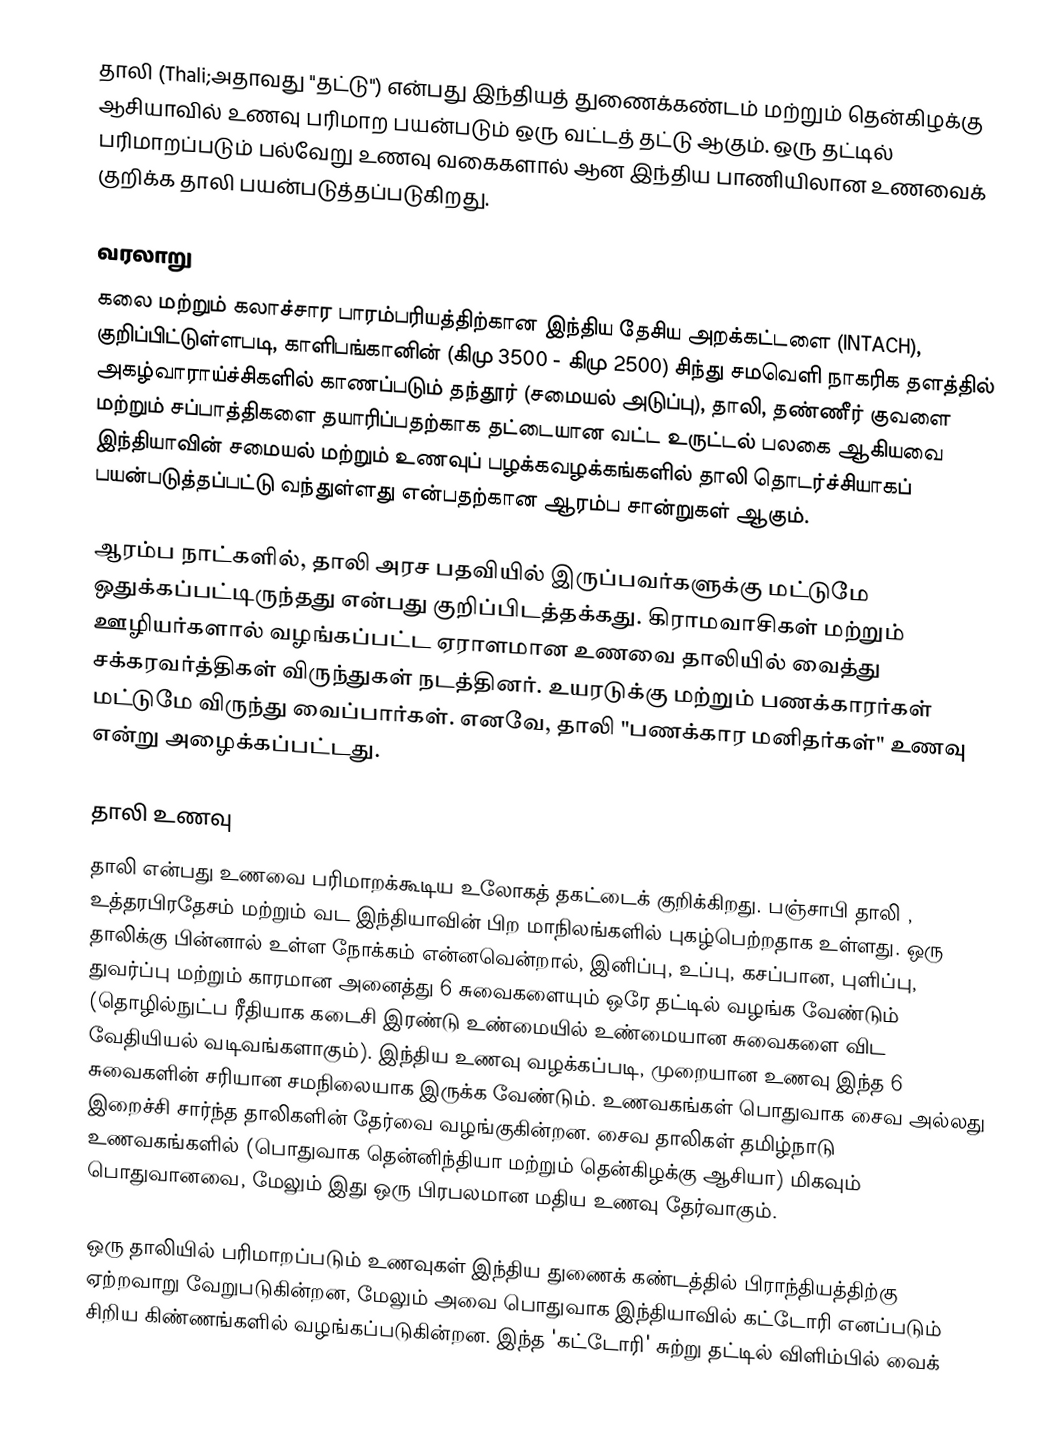
தாலி (Thali;அதாவது "தட்டு") என்பது இந்தியத் துணைக்கண்டம் மற்றும் தென்கிழக்கு ஆசியாவில் உணவு பரிமாற பயன்படும் ஒரு வட்டத் தட்டு ஆகும். ஒரு தட்டில் பரிமாறப்படும் பல்வேறு உணவு வகைகளால் ஆன இந்திய பாணியிலான உணவைக் குறிக்க தாலி பயன்படுத்தப்படுகிறது.

வரலாறு
கலை மற்றும் கலாச்சார பாரம்பரியத்திற்கான இந்திய தேசிய அறக்கட்டளை (INTACH), குறிப்பிட்டுள்ளபடி,  காளிபங்கானின் (கிமு 3500 - கிமு 2500)  சிந்து சமவெளி நாகரிக தளத்தில் அகழ்வாராய்ச்சிகளில் காணப்படும்  தந்தூர் (சமையல் அடுப்பு), தாலி, தண்ணீர் குவளை மற்றும் சப்பாத்திகளை தயாரிப்பதற்காக தட்டையான வட்ட உருட்டல் பலகை ஆகியவை இந்தியாவின் சமையல் மற்றும் உணவுப் பழக்கவழக்கங்களில் தாலி தொடர்ச்சியாகப் பயன்படுத்தப்பட்டு வந்துள்ளது என்பதற்கான ஆரம்ப சான்றுகள் ஆகும்.

ஆரம்ப நாட்களில், தாலி அரச பதவியில் இருப்பவர்களுக்கு மட்டுமே ஒதுக்கப்பட்டிருந்தது என்பது குறிப்பிடத்தக்கது. கிராமவாசிகள் மற்றும் ஊழியர்களால் வழங்கப்பட்ட ஏராளமான உணவை தாலியில் வைத்து சக்கரவர்த்திகள் விருந்துகள் நடத்தினர்.  உயரடுக்கு மற்றும் பணக்காரர்கள் மட்டுமே விருந்து வைப்பார்கள். எனவே, தாலி "பணக்கார மனிதர்கள்" உணவு என்று அழைக்கப்பட்டது.

தாலி உணவு
தாலி என்பது உணவை பரிமாறக்கூடிய உலோகத் தகட்டைக் குறிக்கிறது. பஞ்சாபி தாலி , உத்தரபிரதேசம் மற்றும் வட இந்தியாவின் பிற மாநிலங்களில் புகழ்பெற்றதாக உள்ளது. ஒரு தாலிக்கு பின்னால் உள்ள நோக்கம் என்னவென்றால், இனிப்பு, உப்பு, கசப்பான, புளிப்பு, துவர்ப்பு மற்றும் காரமான அனைத்து 6 சுவைகளையும் ஒரே தட்டில் வழங்க வேண்டும் (தொழில்நுட்ப ரீதியாக கடைசி இரண்டு உண்மையில் உண்மையான சுவைகளை விட வேதியியல் வடிவங்களாகும்). இந்திய உணவு வழக்கப்படி, முறையான உணவு இந்த 6 சுவைகளின் சரியான சமநிலையாக இருக்க வேண்டும். உணவகங்கள் பொதுவாக சைவ அல்லது இறைச்சி சார்ந்த தாலிகளின் தேர்வை வழங்குகின்றன. சைவ தாலிகள் தமிழ்நாடு உணவகங்களில் (பொதுவாக தென்னிந்தியா மற்றும் தென்கிழக்கு ஆசியா) மிகவும் பொதுவானவை, மேலும் இது ஒரு பிரபலமான மதிய உணவு தேர்வாகும்.

ஒரு தாலியில் பரிமாறப்படும் உணவுகள் இந்திய துணைக் கண்டத்தில் பிராந்தியத்திற்கு ஏற்றவாறு வேறுபடுகின்றன, மேலும் அவை பொதுவாக இந்தியாவில் கட்டோரி எனப்படும் சிறிய கிண்ணங்களில் வழங்கப்படுகின்றன. இந்த 'கட்டோரி' சுற்று தட்டில் விளிம்பில் வைக்